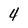
Character: 4